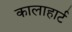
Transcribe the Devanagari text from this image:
कालाहार्ट